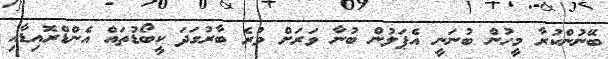
ބޭނުންކުރާ މީހުން ބުނަނީ އެޕަލުން ބުނާ ވަރަށް ވުރެ ބާރުގަދަ ކީބޯޑުތައް އެންޑްރޮއިޑާއި